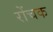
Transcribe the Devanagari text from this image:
रोंचक